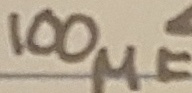
Text: 100µF